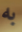
به